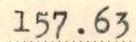
157.63